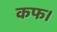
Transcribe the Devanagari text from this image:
कफ।